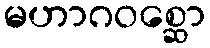
မဟာဂဝစ္ဆော